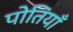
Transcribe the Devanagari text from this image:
पोतियाँ